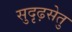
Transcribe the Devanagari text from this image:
सुदृढ़सेतु